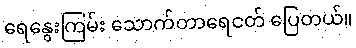
ရေနွေးကြမ်း သောက်တာရေငတ် ပြေတယ်။